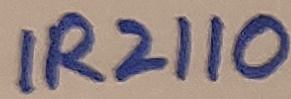
Text: IR2110